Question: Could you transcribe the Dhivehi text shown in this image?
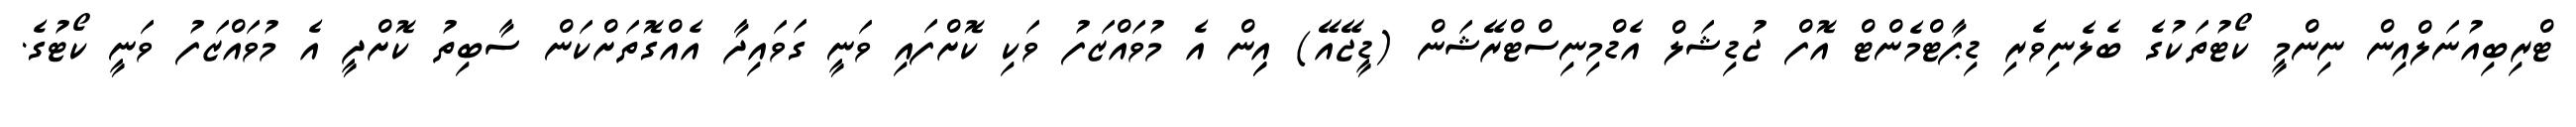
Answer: ޓްރިބިއުނަލްއިން ނިންމީ ކޯޓުތަކުގެ ބެލެނިވެރި ޑިޕާޓްމެންޓް އޮފް ޖުޑިޝަލް އެޑްމިނިސްޓްރޭޝަން (ޑީޖޭއޭ) އިިން އެ މުވައްޒަފު ވަކި ކޮށްފައި ވަނީ ގަވައިދާ އެއްގޮތަށްކަން ސާބިތު ކޮށްދީ އެ މުވައްޒަފު ވަނީ ކޯޓުގެ.